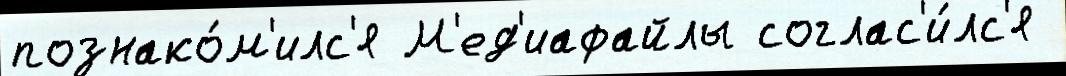
познако́м'илс'я М'ед'иафайлы соглас'и́лс'я